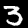
Digit: 3